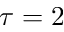
\tau = 2